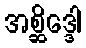
အစ္ဆိဒ္ဒေါ